Report of the Indian Hemp Drugs Commission, 1894-1895 - Volume VIII
Year: 1894
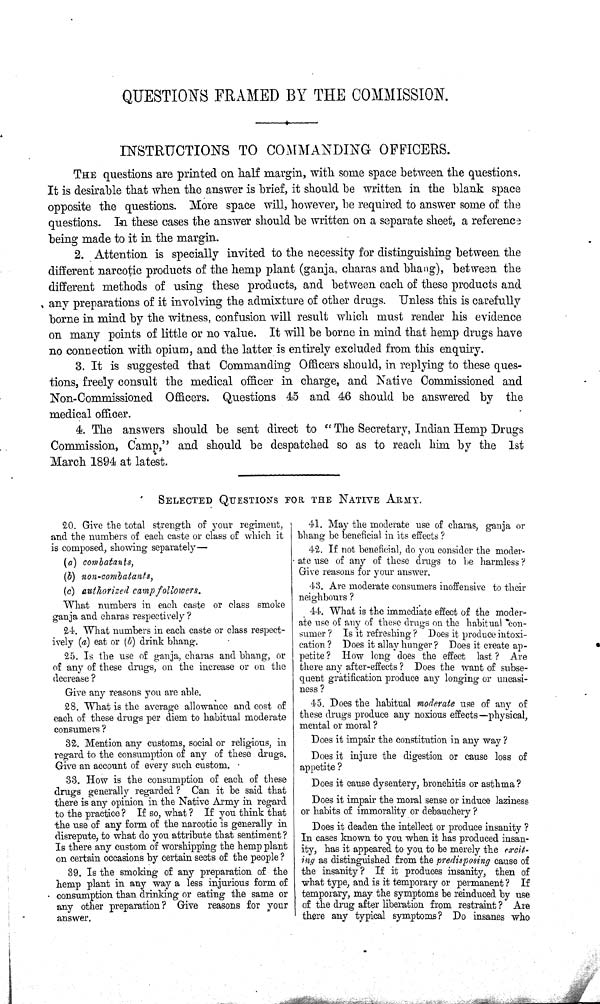
QUESTIONS FRAMED BY THE COMMISSION.
INSTRUCTIONS TO COMMANDING OFFICERS.
THE questions are printed on half margin, with some space between the questions.
It is desirable that when the answer is brief, it should be written in the blank space
opposite the questions. More space will, however, be required to answer some of the
questions. In these cases the answer should be written on a separate sheet, a reference
being made to it in the margin.
2. Attention is specially invited to the necessity for distinguishing between the
different narcotic products of the hemp plant (ganja, charas and bhang), between the
different methods of using these products, and between each of these products and
any preparations of it involving the admixture of other drugs. Unless this is carefully
borne in mind by the witness, confusion will result which must render his evidence
on many points of little or no value. It will be borne in mind that hemp drugs have
no connection with opium, and the latter is entirely excluded from this enquiry.
3. It is suggested that Commanding Officers should, in replying to these ques-
tions, freely consult the medical officer in charge, and Native Commissioned and
Non-Commissioned Officers. Questions 45 and 46 should be answered by the
medical officer.
4. The answers should be sent direct to "The Secretary, Indian Hemp Drugs
Commission, Camp," and should be despatched so as to reach him by the 1st
March 1894 at latest.
SELECTED QUESTIONS FOR THE NATIVE ARMY.
20. Give the total strength of your regiment,
and the numbers of each caste or class of which it
is composed, showing separately—
(a) combatants,
(b) non-combatants,
(c) authorized camp followers.
What numbers in each caste or class smoke
ganja and charas respectively?
24. What numbers in each caste or class respect-
ively (a) eat or (b) drink bhang.
25. Is the use of ganja, charas and bhang, or
of any of these drugs, on the increase or on the
decrease?
Give any reasons you are able.
28. What is the average allowance and cost of
each of these drugs per diem to habitual moderate
consumers?
32. Mention any customs, social or religious, in
regard to the consumption of any of these drugs.
Give an account of every such custom.
33. How is the consumption of each of these
drugs generally regarded? Can it be said that
there is any opinion in the Native Army in regard
to the practice? If so, what? If you think that
the use of any form of the narcotic is generally in
disrepute, to what do you attribute that sentiment?
Is there any custom of worshipping the hemp plant
on certain occasions by certain sects of the people?
39. Is the smoking of any preparation of the
hemp plant in any way a less injurious form of
consumption than drinking or eating the same or
any other preparation? Give reasons for your
answer.
41. May the moderate use of charas, ganja or
bhang be beneficial in its effects?
42. If not beneficial, do you consider the moder-
ate use of any of these drugs to be harmless?
Give reasons for your answer.
43. Are moderate consumers inoffensive to their
neighbours?
44. What is the immediate effect of the moder-
ate use of any of these drugs on the habitual con-
sumer? Is it refreshing? Does it produce intoxi-
cation? Does it allay hunger? Does it create ap-
petite? How long does the effect last? Are
there any after-effects? Does the want of subse-
quent gratification produce any longing or uneasi-
ness?
45. Does the habitual moderate use of any of
these drugs produce any noxious effects-physical,
mental or moral?
Does it impair the constitution in any way?
Does it injure the digestion or cause loss of
appetite?
Does it cause dysentery, bronchitis or asthma?
Does it impair the moral sense or induce laziness
or habits of immorality or debauchery?
Does it deaden the intellect or produce insanity?
In cases known to you when it has produced insan-
ity, has it appeared to you to be merely the excit-
ing as distinguished from the predisposing cause of
the insanity? If it produces insanity, then of
what type, and is it temporary or permanent? If
temporary, may the symptoms be reinduced by use
of the drug after liberation from restraint? Are
there any typical symptoms? Do insanes who